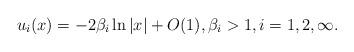
LaTeX: \begin{align*}u_i(x)=-2\beta_i\ln |x|+O(1), \beta_i>1, i=1,2, \infty.\end{align*}